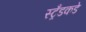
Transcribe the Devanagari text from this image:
स्ट्रँडकडे